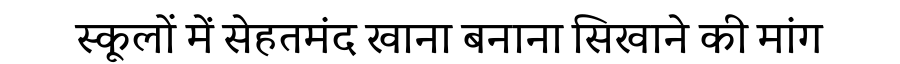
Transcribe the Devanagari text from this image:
स्कूलों में सेहतमंद खाना बनाना सिखाने की मांग